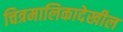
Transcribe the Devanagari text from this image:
चित्रमालिकादेखील